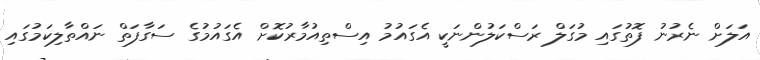
އަލަށް ނެރުނު ފޮތުގައި މުގަލް ރަސްކަލުންނަކީ އެގައުމު އިސްތިއުމާރުކޮށް އެގައުމުގެ ސަގާފަތް ނައްތާލިކަމުގައި